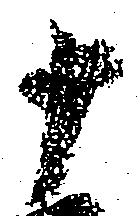
十